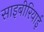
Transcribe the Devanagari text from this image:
साइबीरियाई